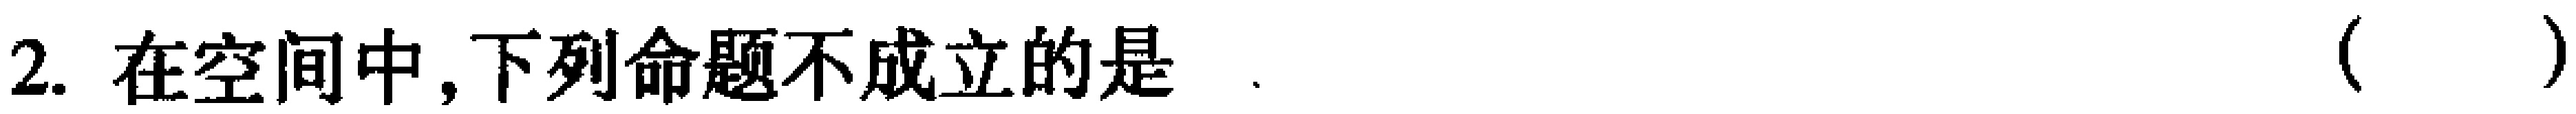
2. 在空间中,下列命题不成立的是 （  ）